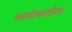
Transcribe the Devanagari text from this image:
कार्यप्रणालीतच